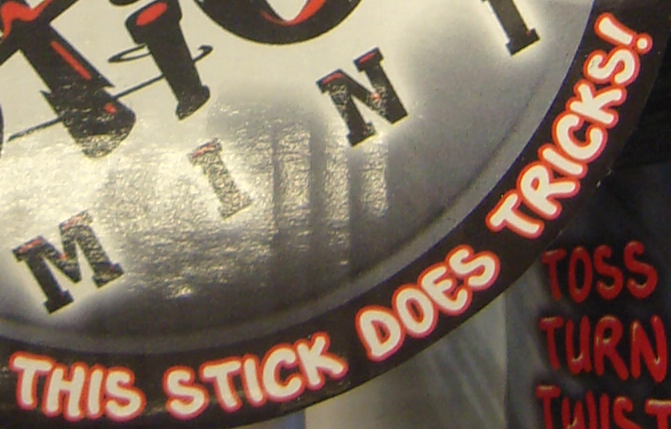
THIS STICK DOES TRICKS!